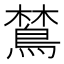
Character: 𬷞